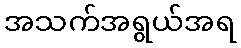
အသက်အရွယ်အရ